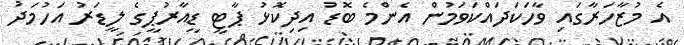
އެ މުޒާހަރާގައި ވާހަކަދައްކަވަމުން އެންމެ ބޮޑު އިދިކޮޅު ޕާޓީ ޑީއާރުޕީގެ ލީޑަރު އަހުމަދު